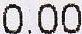
0.00